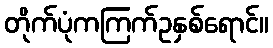
တိုက်ပုံကကြက်ဥနှစ်ရောင်။